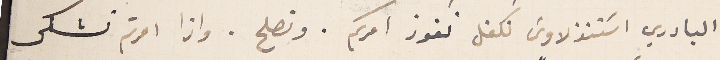
البادري اسَتنذلاوسَ نكفل نفوز امركم. ونصلح. واذا امرتم نشكى